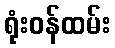
ရုံးဝန်ထမ်း